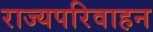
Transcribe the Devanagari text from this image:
राज्यपरिवाहन